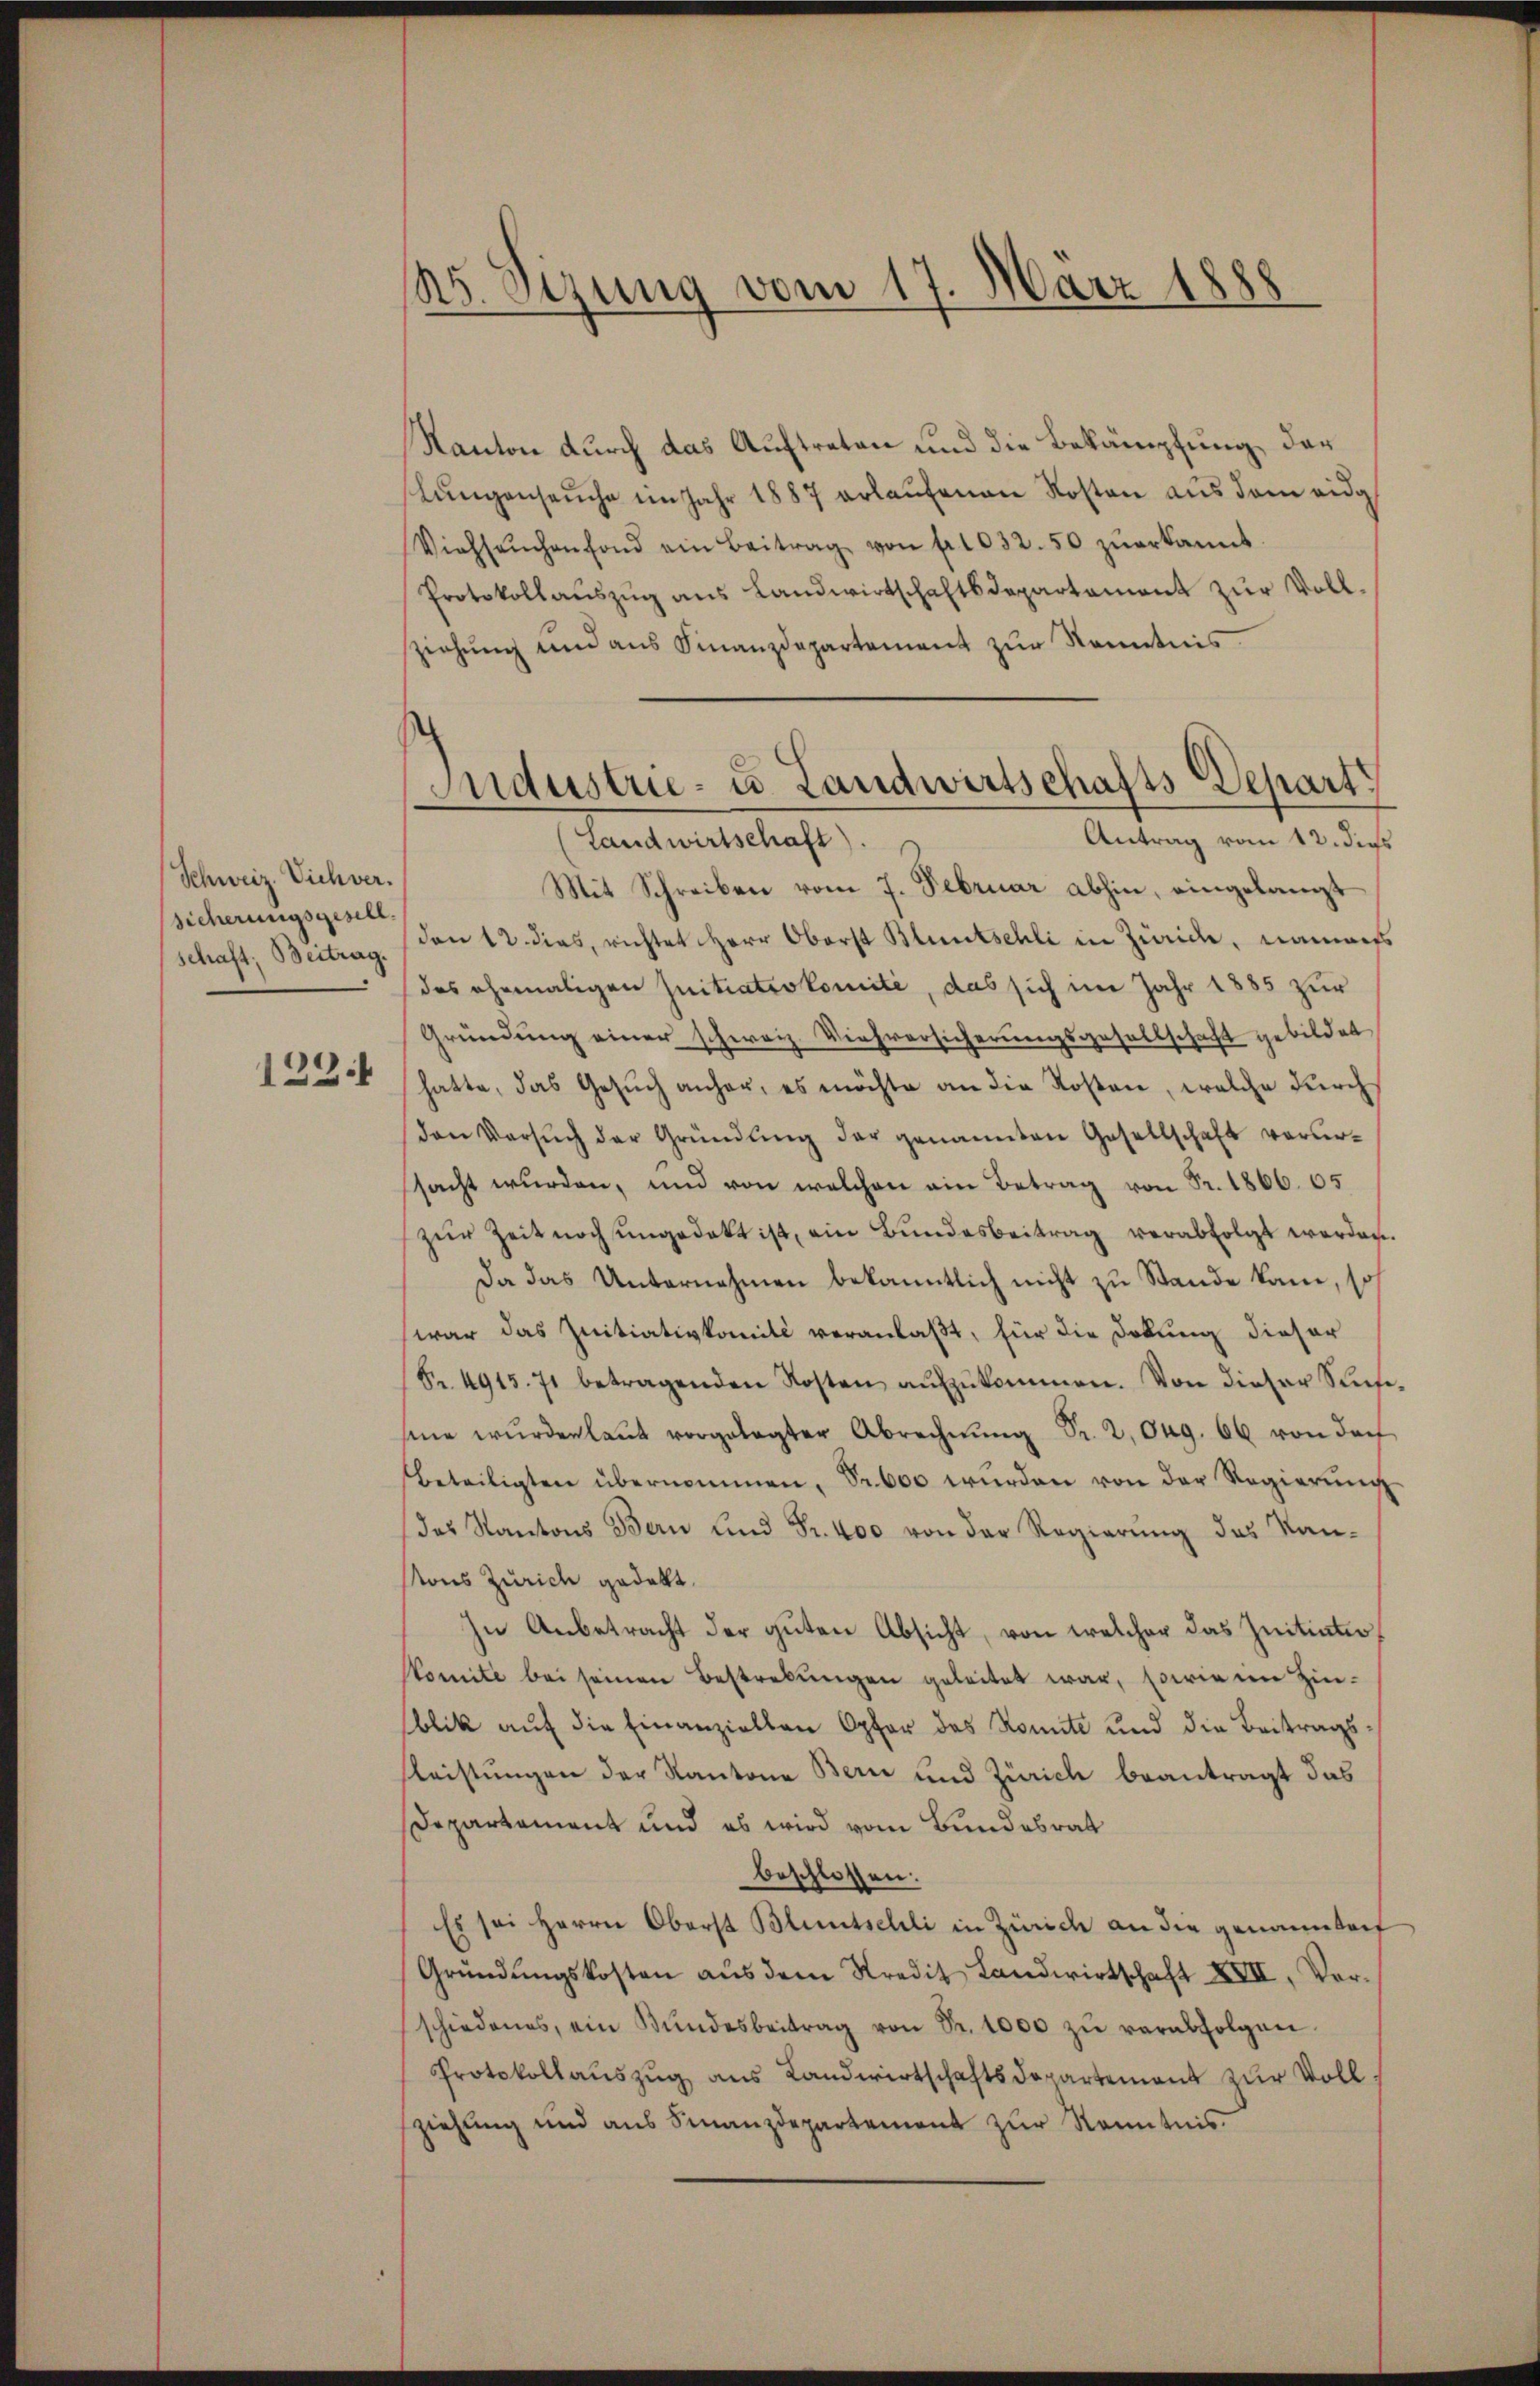
Schweiz. Viehver.
sicherungsgesell
schaft; Beitrag.

1291

25. Sizung vom 17. März 1888

Kanton durch das Auftreten und die Bekämpfung, der
lungenseuche im Jahr 1887 erlaufenen Kosten aus dem eidg
Viehseuchenfond ein Beitrag von fr. 1032.50 zŭerkannt.
Protokollaŭszŭg ans Landwirtschaftsdepartament zŭr Voll-
ziehung und aus Finanzdepartement zur Kenntnis
Mit Schreiben vom 7. Februar abhin, eingelangt
den 12. dies, richtet Herr Oberst Bluntschli in Zürich, nammers
das ehemaligen Initiativkomité, das sich im Jahr 1885 zur
Gründung einer schweiz. Viehversicherungsgesellschaft gebildet
hatte, das Gesŭch anher, es möchte an die Kosten, welche durch
den Versŭch der Gründŭng der genannten Gesellschaft verursacht wurden, und von welchen ein Betrag von Fr. 1866. 65
zŭr Zeit noch ungedekt ist, ein Bundesbeitrag verabfolgt werden
Da das Unternahmen bekanntlich nicht zu Stande kam, so
war das Initiativkomité veranlaßt, für die Dokung dieser
Fr. 4915. 71 betragenden Kosten aŭfzŭkommen. Von dieser Stufe
sine würden laŭt vorgelegter Abrechnŭng Sr. 2. Org. 66 von der
Beteiligten übernommen, Pr. 600 wurden von der Regierung
das Kantons Bern und Fr. 400 von der Regierung des Kan-
stons Zürich gedankt.
In Anbetracht der guten Absicht, von welcher das Initiater
Comite bei seinen Bestrebungen geleitet war, sowie im Hin-
blik auf die Einanziellen Opfer das Komite und die Beitragsfleistungen der Kantone Bern und Zürich beantragt das
Departament und es wird vom Bundesrat
beschlossen:
Es sei Herrn Oberst Bluntschli in Zürich an die genanntenf
Gründungskosten aus dem Kredit Landwirtschaft XIII, Vorschiedenes, ein Bŭndesbeitrag von Fr. 1000 zŭ verabfolgen.
Protokollauszug aus Landwirtschaftsdepartement zur Voll
ziehung und ans Finanzdepartement zŭr Kenntnis.

Industrie- u. Landwirtschafts-Depart
Antrag vom 12. die
Landwirtschaft).

.